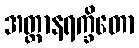
အတ္တာနရက္ခိတော